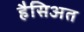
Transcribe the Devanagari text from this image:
हैसिअत